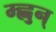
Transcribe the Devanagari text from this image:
म्ह्नुन्